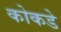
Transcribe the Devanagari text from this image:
कोकडे